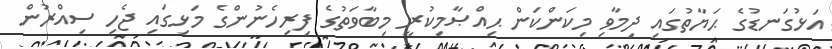
އަޅުގަނޑުގެ ޙަޔާތުގައި ދިމާވި މިކަންކަން ޙިއްޞާމިކުރީ މިބާވަތުގެ ފިރިހެނުންގެ މަޅިގައި ޖެހި ސިއްރުން